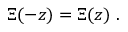
\Xi ( - z ) = \Xi ( z ) ~ .